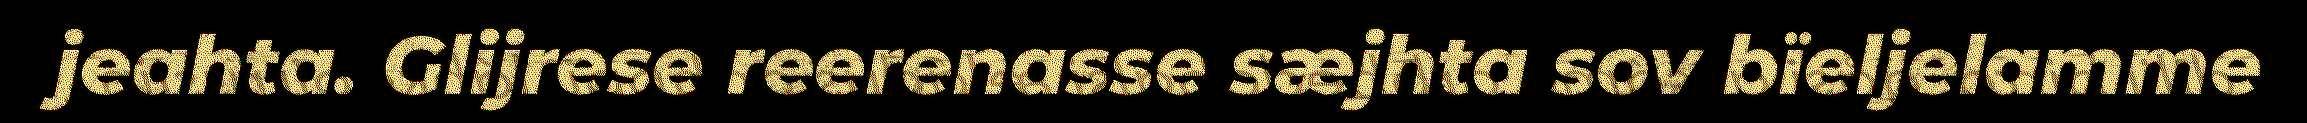
jeahta. Glijrese reerenasse sæjhta sov bïeljelamme